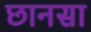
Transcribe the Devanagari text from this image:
छानसा